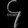
Digit: ၄